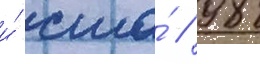
и́ сша́ // 98